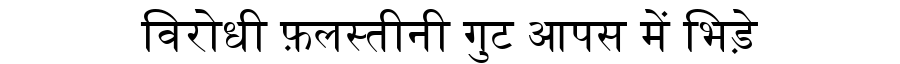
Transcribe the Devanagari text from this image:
विरोधी फ़लस्तीनी गुट आपस में भिड़े